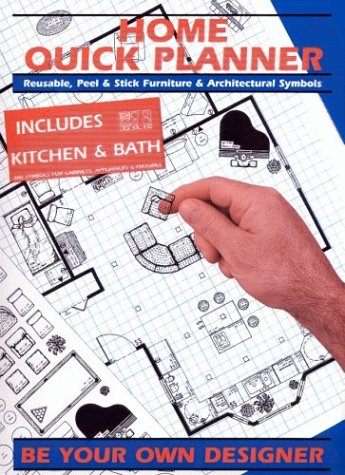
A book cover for Home Quick Planner: Reusable, Peel & Stick Furniture & Architectural Symbols; Daniel K. Reif; Crafts, Hobbies & Home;